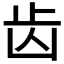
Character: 齿